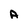
Character: A